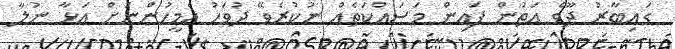
ގައިބާރު ދޫވެ އަތުން ފައިން މަސައްކަތެއް ނުކުރެވޭ ދުވަހު އެމީހުންނަށް އަޅާ ނުލާ